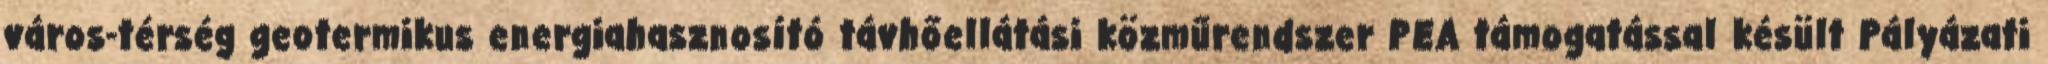
város-térség geotermikus energiahasznosító távhőellátási közműrendszer PEA támogatással késült Pályázati